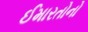
ઈમારતોનો